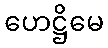
ဟေဋ္ဌိမေ